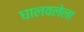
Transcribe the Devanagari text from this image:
घालवलेला